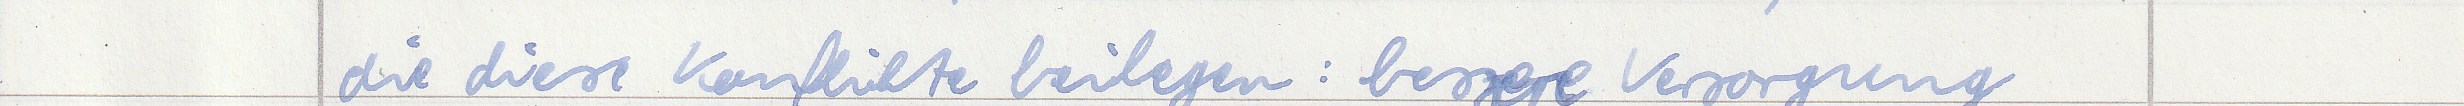
die diese Konflikte beilegen : bessere Versorgung